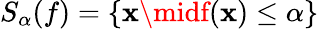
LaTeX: S_{\alpha}(f)=\{ \mathbf{x}\midf(\mathbf{x})\leq\alpha\}